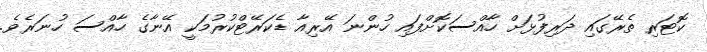
ކޮޓަރި ތެރޭގައި ދަރިފުޅަށް ހާއްސަކޮށްފައި ހުންނަ އޭރިއާ ޑެކަރޭޓްކުރުމަކީ އޭނާގެ ހާއްސަ ހުނަރެވެ.